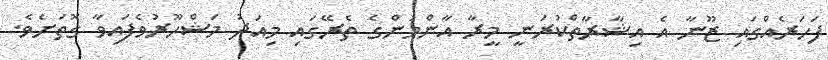
ފަހަރެއްގައި ޒޫނާ އެ އިޝާރާތްކުރަނީ މީރާ އާންމުންގެ ތެރޭގައި މިއަދު މަޝްހޫރުވެފައިވާ ގޮތަށެވެ.